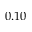
0 . 1 0